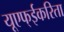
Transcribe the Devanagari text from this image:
यूएफ्ईकरिता